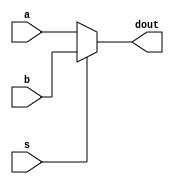
module mux2 #(parameter W = 32) (a, b, s, dout);
	input	[W-1:0]	a;
	input	[W-1:0]	b;
	input			s;
	output	[W-1:0]	dout;
	
	assign dout = s ? b : a;
endmodule

module mux3 #(parameter W = 32) (a, b, c, s, dout);
	input	[W-1:0]	a;
	input	[W-1:0]	b;
	input	[W-1:0]	c;
	input	[1:0]	s;
	output	[W-1:0]	dout;
	
	assign dout = (s==2'b00) ? a : (s==2'b01) ? b : c;
endmodule